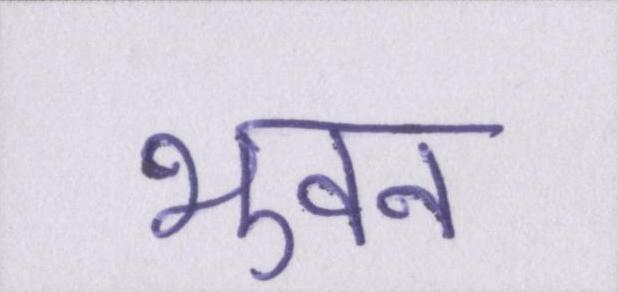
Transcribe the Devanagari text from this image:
भुवन